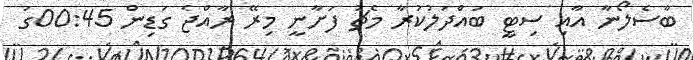
ބާސެލޯނާ އާއި ސިޓީ ބައްދަލުކުރާ މެޗު ފަށާނީ މިރޭ ރާއްޖެ ގަޑިން 00:45ގަ